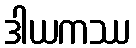
ဒါယကဿ